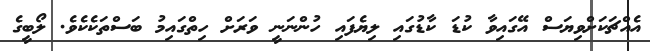
އެއްޗަކަށްވިޔަސް އޭގައިވާ ކުޑަ ކާޑުގައި ލިޔެފައި ހުންނަނީ ވަރަށް ހިތްގައިމު ބަސްތަކެކެވެ. ލޯބީގެ